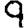
Digit: 9